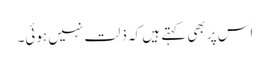
اس پر بھی کہتے ہیں کہ ذلت نہیں ہوئی۔